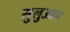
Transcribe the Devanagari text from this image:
सुलुआन